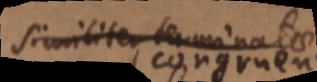
similiter terminates